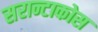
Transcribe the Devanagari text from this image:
सरान्टाकोस